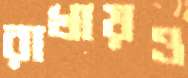
রাখায়ও